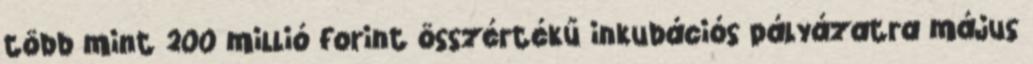
több mint 200 millió forint összértékű inkubációs pályázatra május